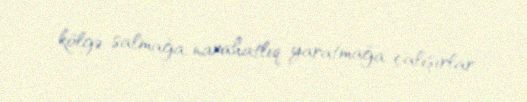
kölgə salmağa, narahatlıq yaratmağa çalışırlar.